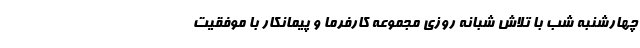
چهارشنبه شب با تلاش شبانه روزی مجموعه کارفرما و پیمانکار با موفقیت